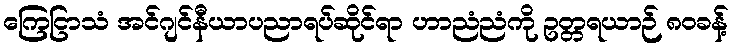
ကြေငြာသံ အင်ဂျင်နီယာပညာရပ်ဆိုင်ရာ ဟာညံညံကို ဥတ္တရယာဉ် ၈၀ခန့်